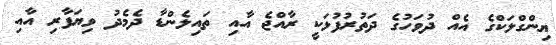
ޔިންގްލަކްގެ އެއް ދުވަހުގެ ދަތުރުފުޅަކީ ރާއްޖެ އާއި ތައިލެންޑާ ދެމެދު ވިޔަފާރި އާއި